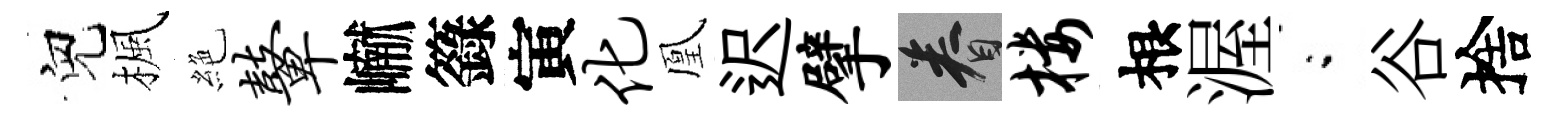
兒楓絶鼙𪩘籙寅化凰迟擘眷楼根渥閤谷捨